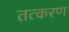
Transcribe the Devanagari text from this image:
तत्करण